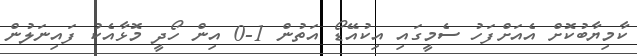
ކާމިޔާބުކޮށް އެއަށްފަހު ސެމީގައި އިކުއޭޑޯ އަތުން 1-0 އިން ހޯދީ މޮޅާއެކު ފައިނަލުން